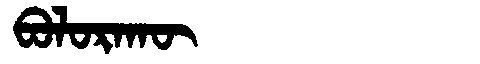
Manchu: ᠪᠣᠯᠣᡵᠠᡴᡡ
Romanization: BOLORAKŪ